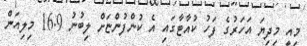
މިއީ މިދިޔަ އަހަރުގެ ފަހު ކުއާޓާގައި އެ ކުންފުންޏަށް ލިބުނު 16.9 މިލިއަން